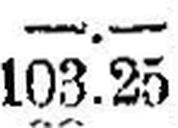
103.25